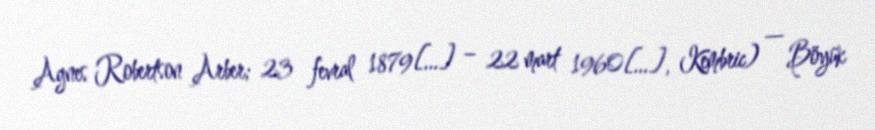
Agnes Robertson Arber; 23 fevral 1879[…] – 22 mart 1960[…], Kembric) — Böyük